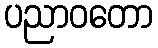
ပညာဝတော